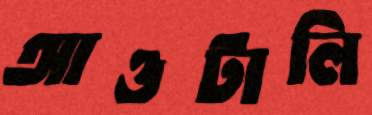
আওটালি